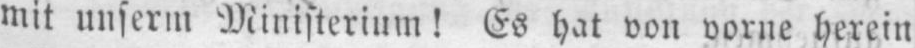
mit unserm Ministerium! Es hat von vorne herein